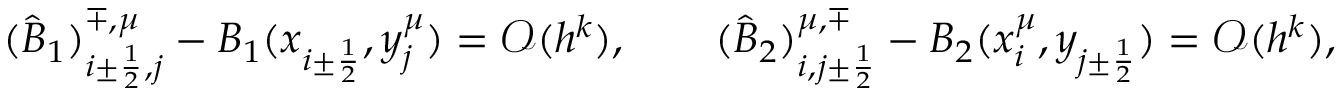
( \widehat B _ { 1 } ) _ { i \pm \frac { 1 } { 2 } , j } ^ { \mp , \mu } - B _ { 1 } ( x _ { i \pm \frac { 1 } { 2 } } , y _ { j } ^ { \mu } ) = { \mathcal O } ( h ^ { k } ) , \qquad ( \widehat B _ { 2 } ) _ { i , j \pm \frac { 1 } { 2 } } ^ { \mu , \mp } - B _ { 2 } ( x _ { i } ^ { \mu } , y _ { j \pm \frac { 1 } { 2 } } ) = { \mathcal O } ( h ^ { k } ) ,